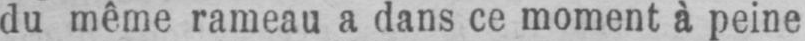
du même rameau a dans ce moment à peine